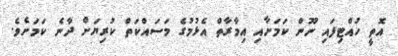
އޮތީ ހުއްޓިފައި ނޫން ކަމަށާއި އިމާރާތް އެޅުމުގެ މަސައްކަތް ކުރިޔަށް ދާނެ ކަމަށެވެ.